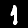
Label: 1